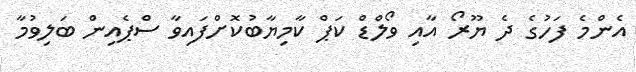
އެންމެ ފަހުގެ ދެ ޔޫރޯ އާއި ވޯލްޑް ކަޕް ކާމިޔާބުކޮށްފައިވާ ސްޕެއިން ބަލިވުމާ